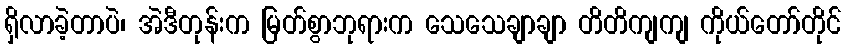
ရှိလာခဲ့တာပဲ၊ အဲဒီတုန်းက မြတ်စွာဘုရားက သေသေချာချာ တိတိကျကျ ကိုယ်တော်တိုင်